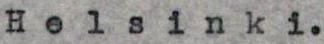
Helsinki.